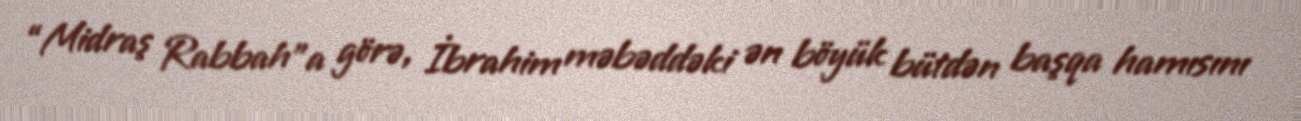
“Midraş Rabbah”a görə, İbrahim məbəddəki ən böyük bütdən başqa hamısını